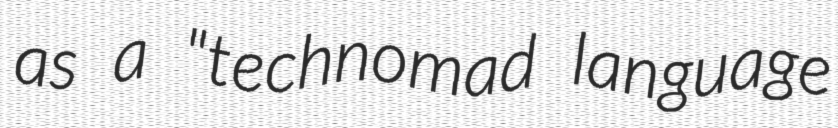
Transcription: as a "technomad language